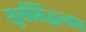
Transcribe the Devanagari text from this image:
सूर्यसिद्धान्तात